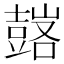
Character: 𧰀